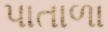
પાતાળા